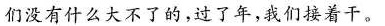
们没有什么大不了的，过了年，我们接着干。